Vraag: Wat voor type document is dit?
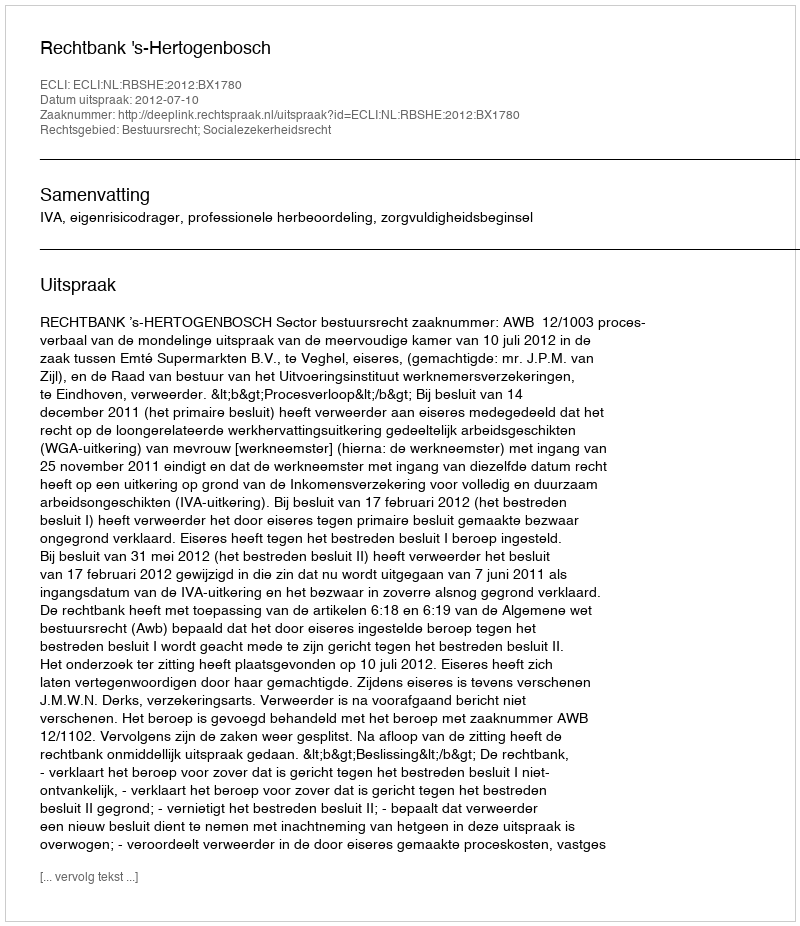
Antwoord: Uitspraak